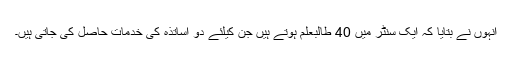
انہوں نے بتایا کہ ایک سنٹر میں 40 طالبعلم ہوتے ہیں جن کیلئے دو اساتذہ کی خدمات حاصل کی جاتی ہیں۔